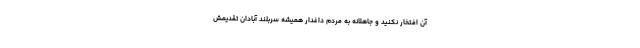
آن افتخار نکنید و جاهلانه به مردم داغدار همیشه سربلند آبادان تقدیمش